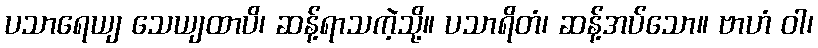
ပသာရေယျ သေယျထာပိ၊ ဆန့်ရာသကဲ့သို့။ ပသာရိတံ၊ ဆန့်အပ်သော။ ဗာဟံ ဝါ၊